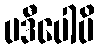
ပဒီပေါပိ